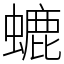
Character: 螰